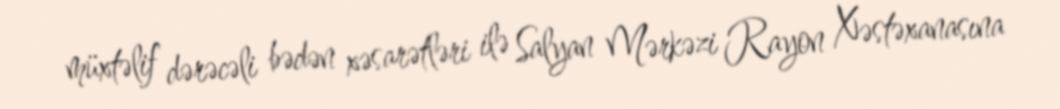
müxtəlif dərəcəli bədən xəsarətləri ilə Salyan Mərkəzi Rayon Xəstəxanasına